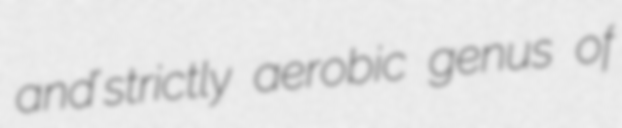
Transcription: and´strictly aerobic genus of